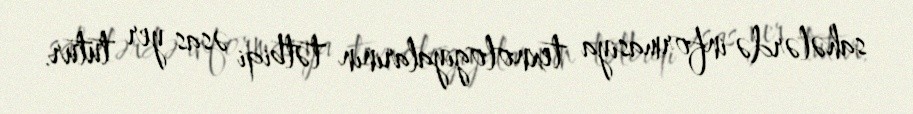
sahələrdə informasiya texnologiyalarının tətbiqi əsas yer tutur.